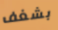
بشغف